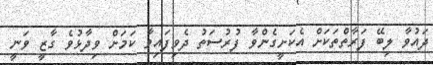
ދައުވާ ލިބޭ ފަރާތްތަކަށް އެކަށީގެންވާ ފުރުސަތު ދެވިފައިވާ ކަމަށް ވިދާޅުވެ ގާޒީ ވަނީ